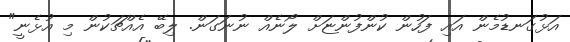
އަޅުގަނޑުމެން އައި ފަހުން ކުންފުންޏަށް ލޯނެއް ނުނަގަން. ލިބޭ އެއްޗަކުން މި އުޅެނީ"